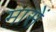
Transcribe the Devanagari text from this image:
मासें